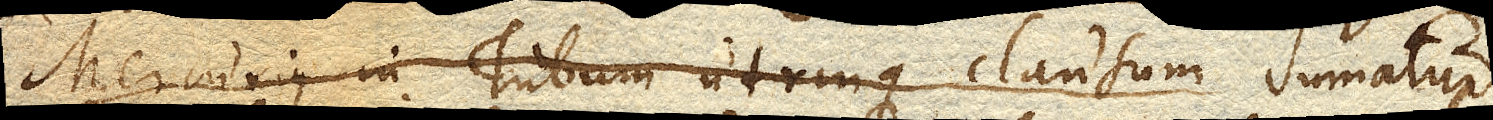
Mercurius in Tubum utrumque clausum Sumatur